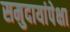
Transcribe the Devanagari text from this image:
समुदायांपेक्षा